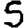
Digit: 5